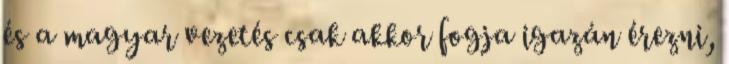
és a magyar vezetés csak akkor fogja igazán érezni,